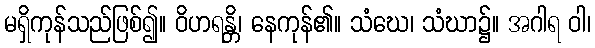
မရှိကုန်သည်ဖြစ်၍။ ဝိဟရန္တိ၊ နေကုန်၏။ သံဃေ၊ သံဃာ၌။ အဂါရ ဝါ၊